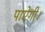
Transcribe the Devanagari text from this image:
पाऐगी।